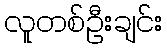
လူတစ်ဦးချင်း